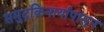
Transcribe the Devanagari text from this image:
समुद्रकिनार्यापासून